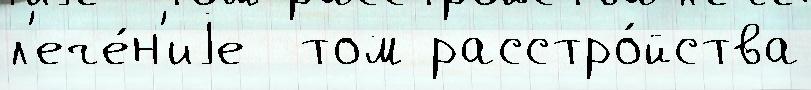
л'ече́н'иjе  том расстро́йства